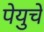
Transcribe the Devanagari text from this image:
पेयुचें